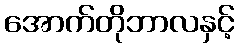
အောက်တိုဘာလနှင့်